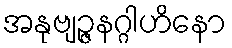
အနုဗျဉ္ဇနဂ္ဂါဟိနော